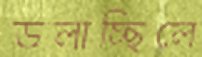
ডলাচ্ছিলে